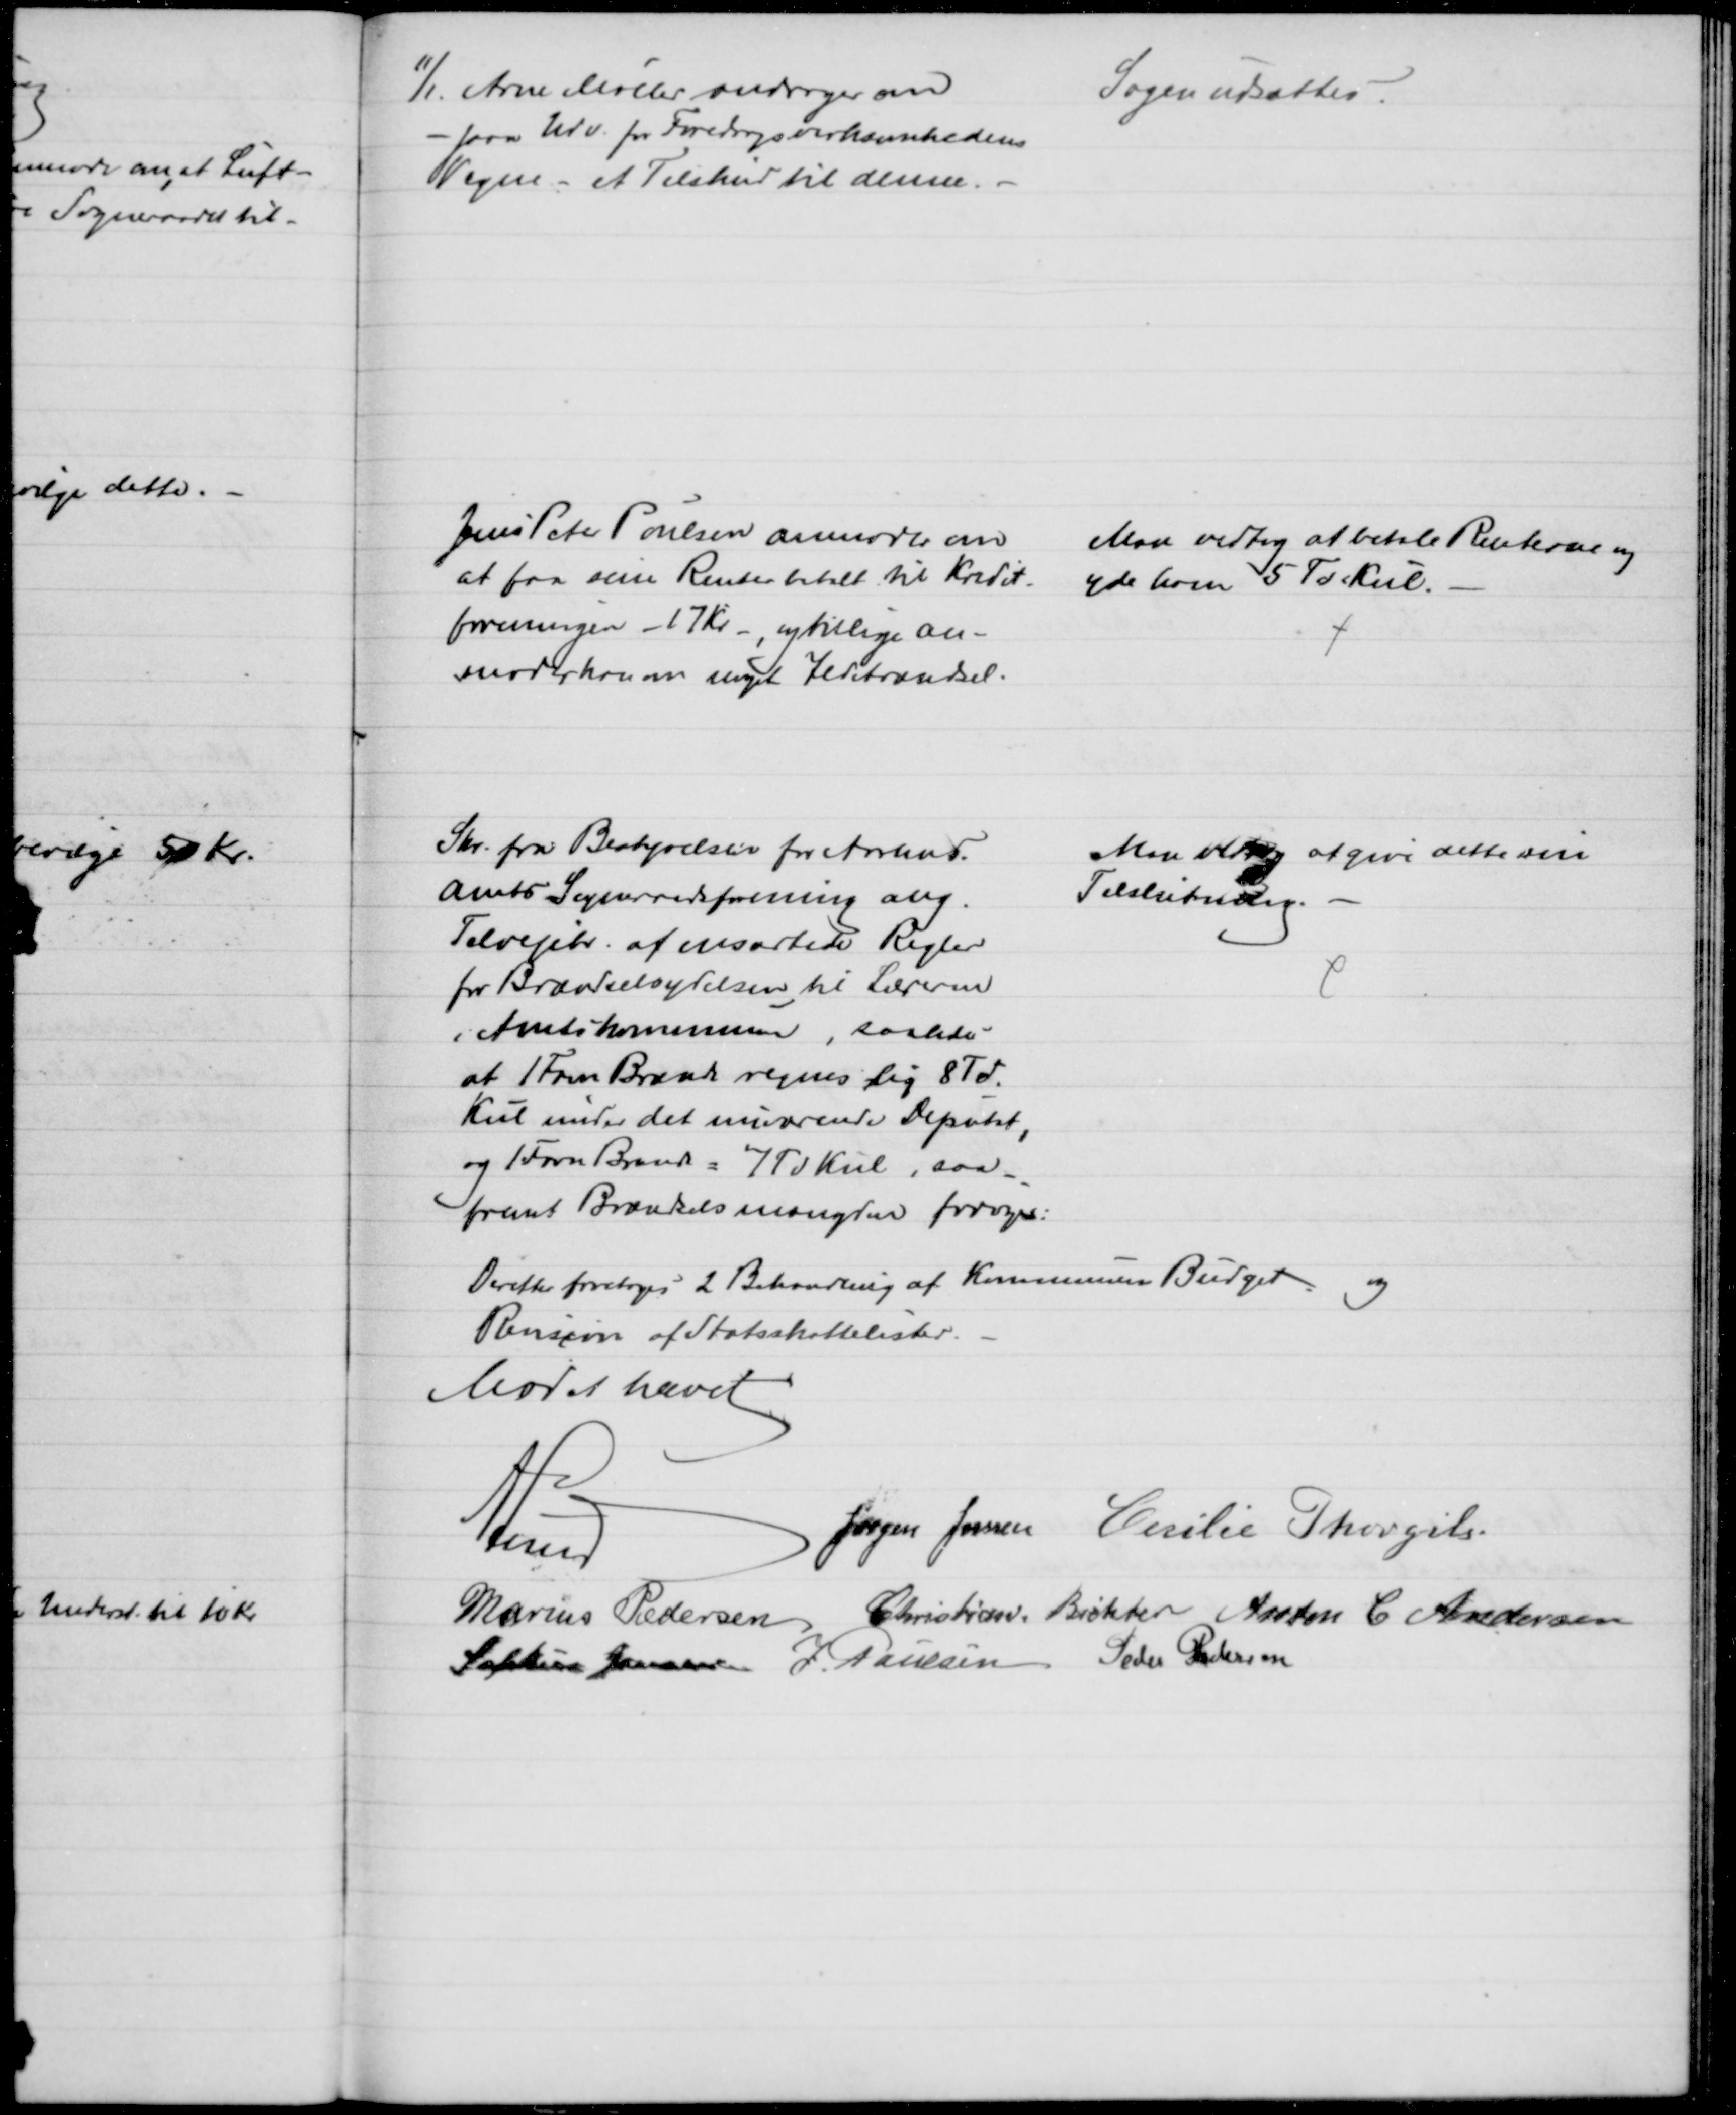
Transskription:
11/1. Arne Møller andrager om
- paa Udv. for Foredragsvirksomhedens
Vegne - et Tilskud til denne.
Sagen udsættes.
Jens Peter Poulsen anmoder om
at faa sine Renter betalt til Kredit-
foreningen - 17 Kr -, og tillige an-
moder han om noget Ildebrændsel.
Man vedtog at betale Renterne og 
yde ham 5 Td Kul.
Skr. fra Bestyrelsen for Aarhus.
Amts Sogneraadsforening ang.
Tilvejebr. af ensartede Regler
for Brændselsydelsen til Lærerne
i Amtskommunen, saaledes
at 1 Favn Brænde regnes lig 8 Td.
Kul under det nuværende Deputat,
og 1 Favn Brænde = 7 Td Kul, saa-
fremt Brændselsmængden forøges:
Man vedtog at give dette sin
Tilslutning. 
Derefter foretoges 2 Behandling af Kommunens Budget og
Revision af Statsskattelister.
Mødet hævet
A Lund
Jørgen Jensen Cecilie Thorgils.
Marius Pedersen Christian Richter Anton C Andersen
Sophus Jensen J. Poulsen Peder Pedersen